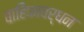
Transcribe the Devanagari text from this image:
वाहिकावर्धन